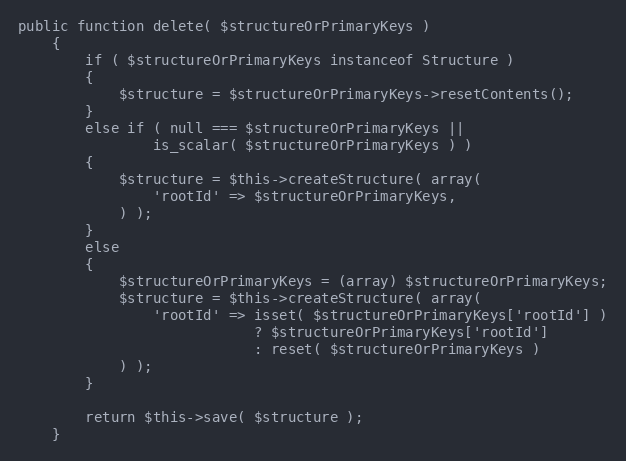
Language: PHP
public function delete( $structureOrPrimaryKeys )
    {
        if ( $structureOrPrimaryKeys instanceof Structure )
        {
            $structure = $structureOrPrimaryKeys->resetContents();
        }
        else if ( null === $structureOrPrimaryKeys ||
                is_scalar( $structureOrPrimaryKeys ) )
        {
            $structure = $this->createStructure( array(
                'rootId' => $structureOrPrimaryKeys,
            ) );
        }
        else
        {
            $structureOrPrimaryKeys = (array) $structureOrPrimaryKeys;
            $structure = $this->createStructure( array(
                'rootId' => isset( $structureOrPrimaryKeys['rootId'] )
                            ? $structureOrPrimaryKeys['rootId']
                            : reset( $structureOrPrimaryKeys )
            ) );
        }

        return $this->save( $structure );
    }